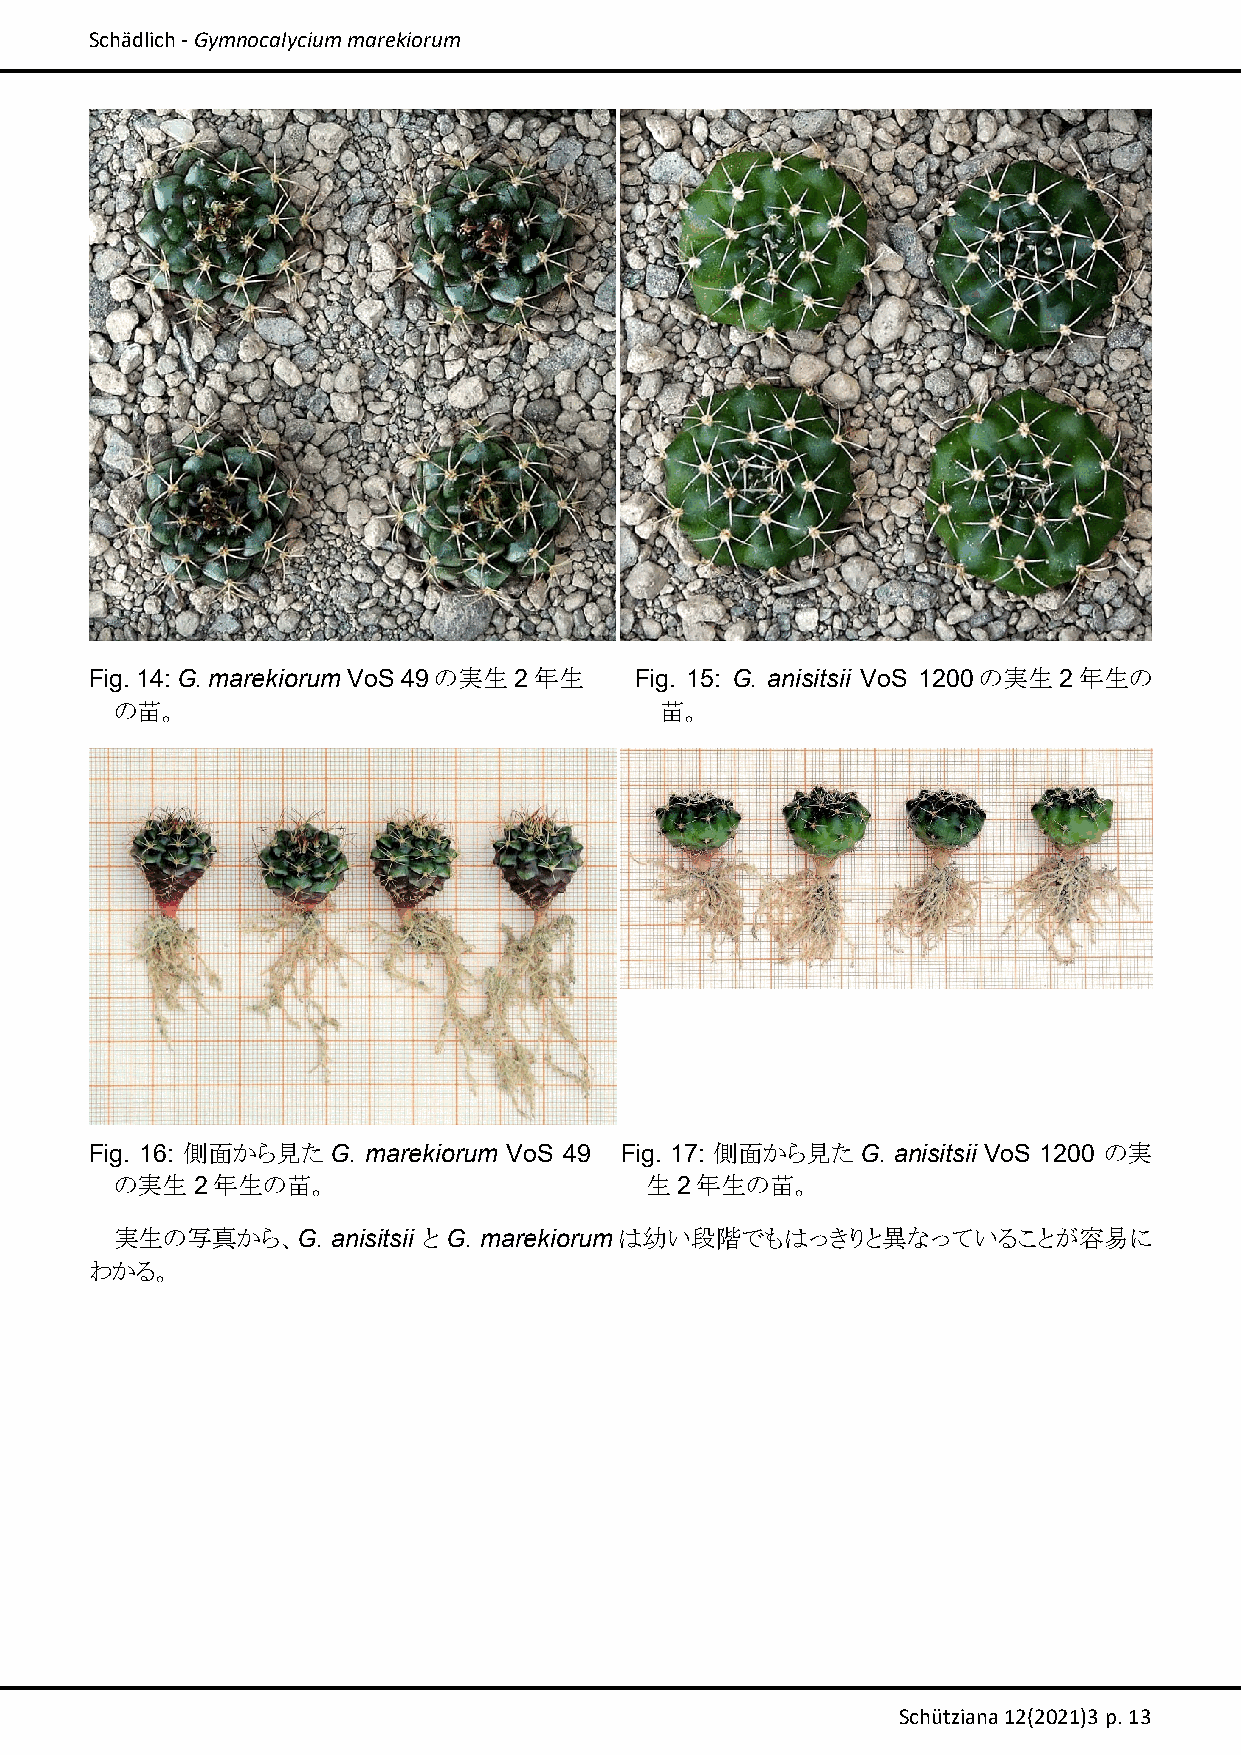
Schädlich ‐ Gymnocalycium marekiorum
 Fig. 14: G. marekiorum VoS 49の実生 2年生 Fig. 15: G. anisitsii VoS 1200の実生 2年生の
 の苗。                                 苗。
 Fig. 16: 側面から見たG. marekiorum VoS 49 Fig. 17: 側面から見たG. anisitsii VoS 1200 の実
 の実生  2年生の苗。                        生2年生の苗。
 実生の写真から、G.    anisitsii と G. marekiorumは幼い段階でもはっきりと異なっていることが容易に
 わかる。
 Schütziana 12(2021)3 p. 13